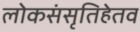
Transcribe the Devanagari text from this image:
लोकसंसृतिहेतव